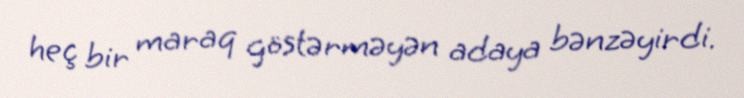
heç bir maraq göstərməyən adaya bənzəyirdi.